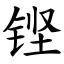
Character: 铿